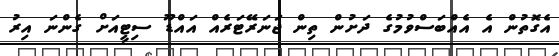
އެގޮތުން އެ އެއްބަސްވުމުގެ ދަށުން ތިން ޖަނަރޭޓަރެއް އައްޑޫ ސިޓީއަށް ގެންނަ އިރު